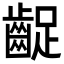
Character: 齪